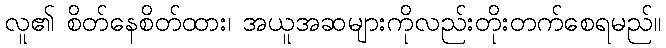
လူ၏ စိတ်နေစိတ်ထား၊ အယူအဆများကိုလည်းတိုးတက်စေရမည်။